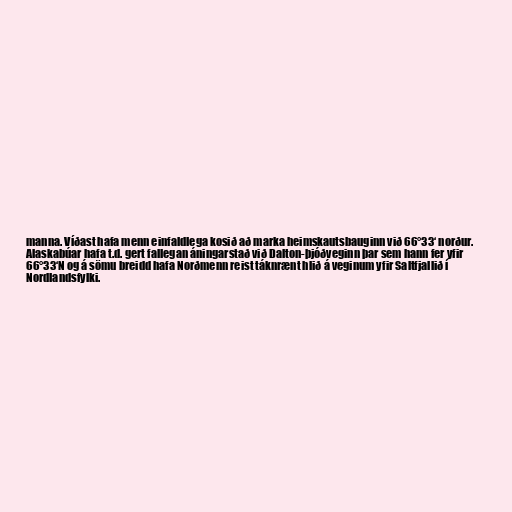
manna. Víðast hafa menn einfaldlega kosið að marka heimskautsbauginn við 66°33‘ norður.
Alaskabúar hafa t.d. gert fallegan áningarstað við Dalton-þjóðveginn þar sem hann fer yfir
66°33‘N og á sömu breidd hafa Norðmenn reist táknrænt hlið á veginum yfir Saltfjallið í
Nordlandsfylki.